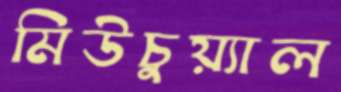
মিউচুয়্যাল